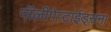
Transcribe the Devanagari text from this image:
पॉलीपेप्टाईड्सना